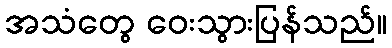
အသံတွေ ဝေးသွားပြန်သည်။